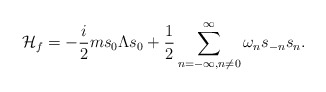
\begin{align*}{\cal H}_{f} = -{i\over 2}m s_0\Lambda s_0+{1\over2}\sum_{n=-\infty,n\neq 0}^{\infty}\omega_n s_{-n}s_n.\end{align*}